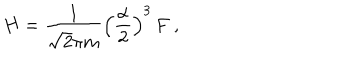
LaTeX: H = \frac { 1 } { \sqrt { 2 } \pi m } \left( \frac { \alpha } { 2 } \right) ^ { 3 } \, F \ ,